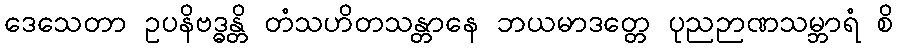
ဒေသေတာ ဥပနိဗဒ္ဓန္တိ တံသဟိတသန္တာနေ ဘယမာဒတ္တေ ပုညဉာဏသမ္ဘာရံ စိ